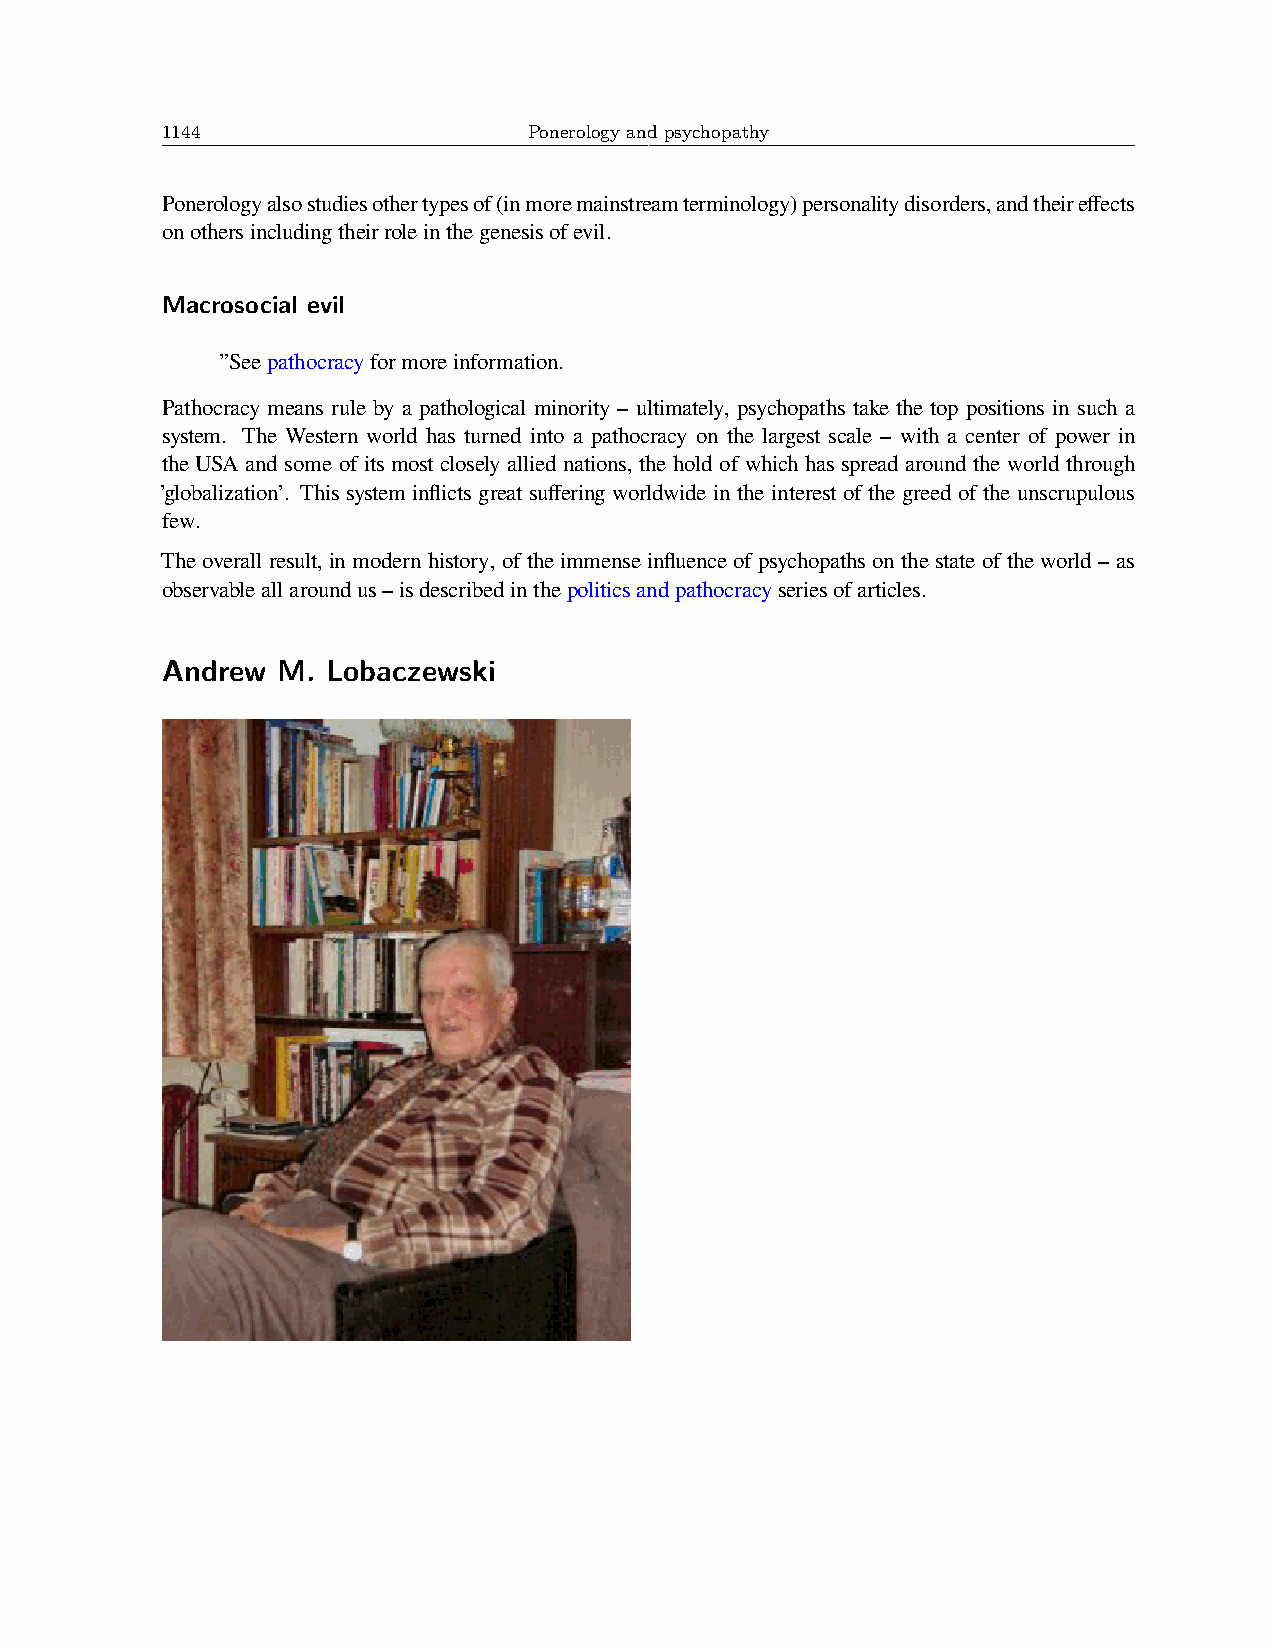
1144                    Ponerology and psychopathy
 Ponerologyalsostudiesothertypesof(inmoremainstreamterminology)personalitydisorders,andtheireffects
 onothersincludingtheirroleinthegenesisofevil.
 Macrosocial evil
 ”Seepathocracyformoreinformation.
 Pathocracy means rule by a pathological minority – ultimately, psychopaths take the top positions in such a
 system. The Western world has turned into a pathocracy on the largest scale – with a center of power in
 the USA and some of its most closely allied nations, the hold of which has spread around the world through
 ’globalization’. This system inflicts great suffering worldwide in the interest of the greed of the unscrupulous
 few.
 The overall result, in modern history, of the immense influence of psychopaths on the state of the world – as
 observableallaroundus–isdescribedinthepoliticsandpathocracyseriesofarticles.
 Andrew M.  Lobaczewski